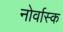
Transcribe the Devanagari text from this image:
नोर्वास्क